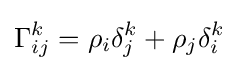
\Gamma _{ij}^{k}=\rho _{i}\delta _{j}^{k}+\rho _{j}\delta _{i}^{k}